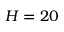
H = 2 0